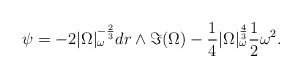
\begin{align*} \psi = -2|\Omega|_\omega^{-\frac{2}{3}} dr \wedge \Im(\Omega) - \frac{1}{4} |\Omega|_\omega^\frac{4}{3} \frac{1}{2} \omega^2.\end{align*}